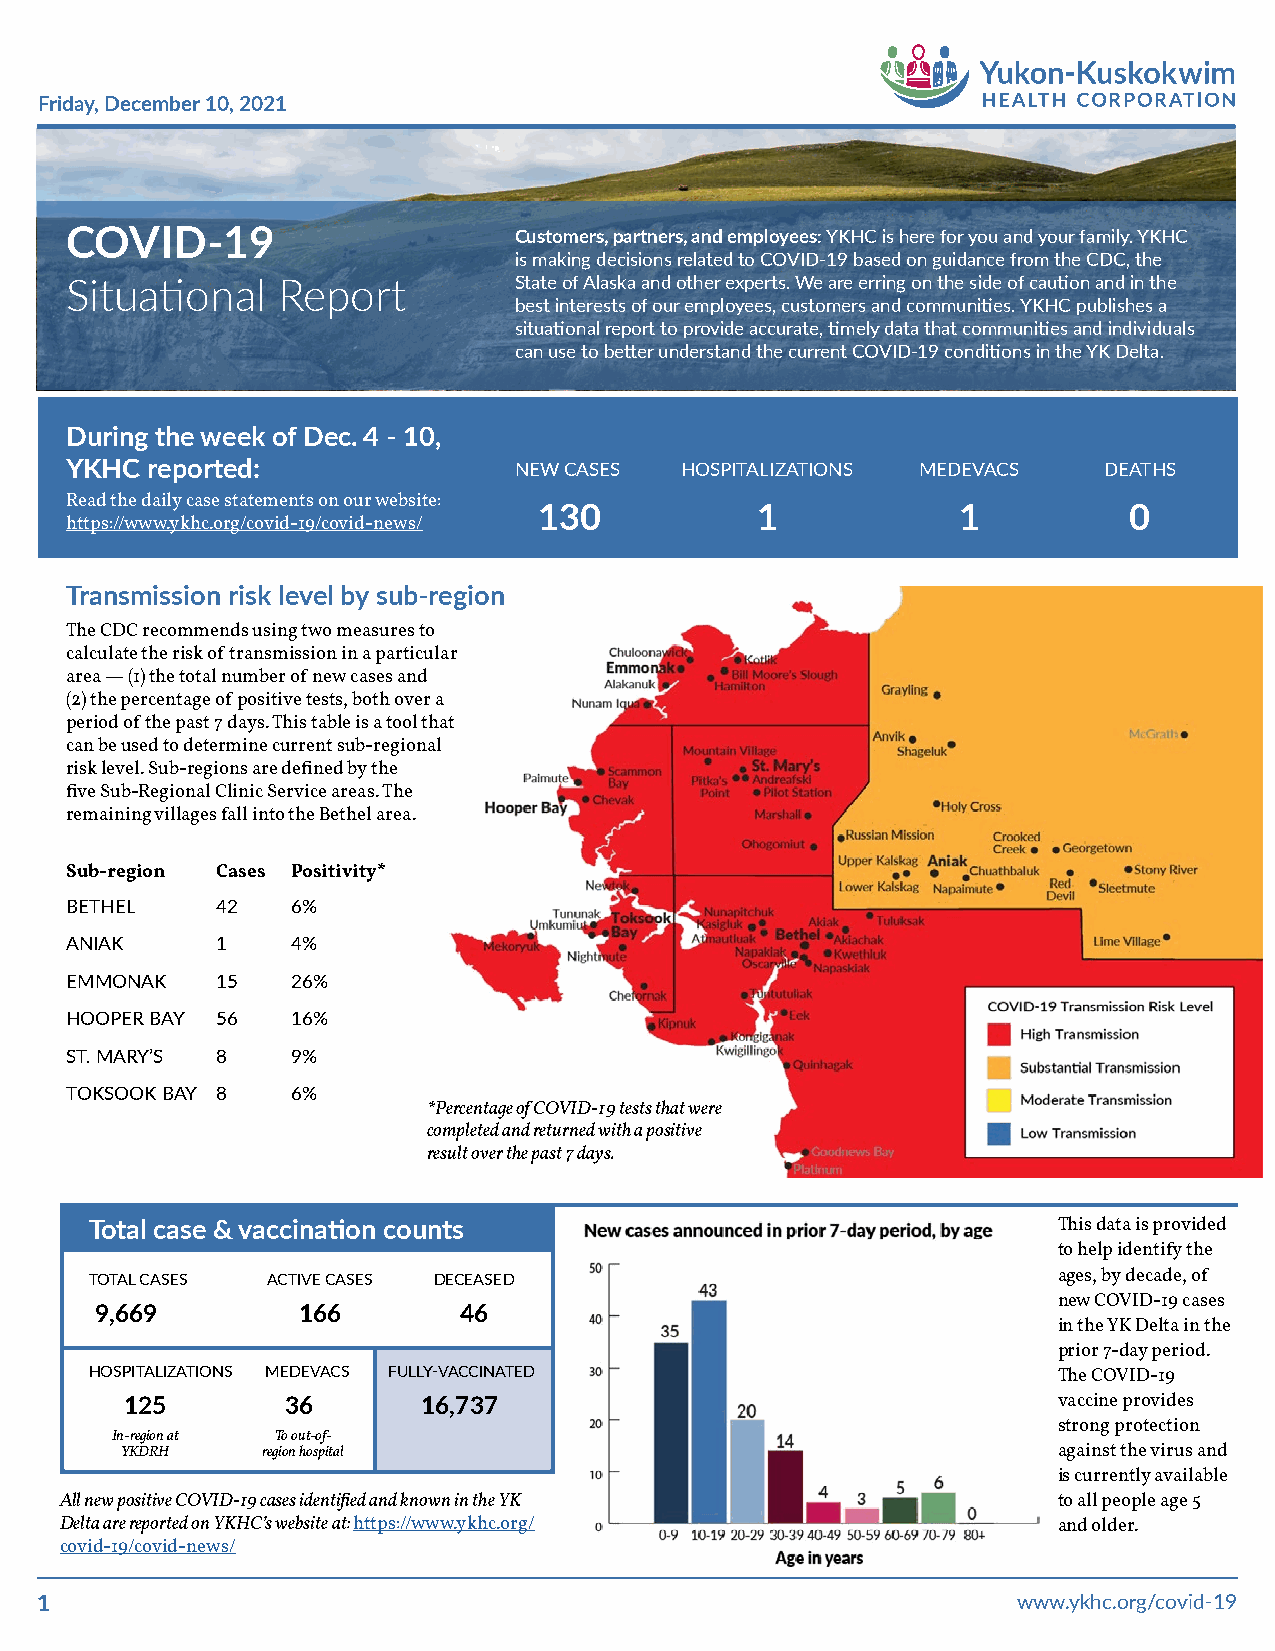
Friday, December 10, 2021
 COVID-19                      Customers, partners, and employees: YKHC is here for you and your family. YKHC
 is making decisions related to COVID-19 based on guidance from the CDC, the
 Situational   Report          State of Alaska and other experts. We are erring on the side of caution and in the
 best interests of our employees, customers and communities. YKHC publishes a
 situational report to provide accurate, timely data that communities and individuals
 can use to better understand the current COVID-19 conditions in the YK Delta.
 During the week of Dec. 4 - 10,
 YKHC  reported:               NEW CASES  HOSPITALIZATIONS MEDEVACS   DEATHS
 Read the daily case statements on our website:
 130           1            1           0
 https://www.ykhc.org/covid-19/covid-news/
 Transmission risk level by sub-region
 The CDC recommends using two measures to
 calculate the risk of transmission in a particular
 area — (1) the total number of new cases and
 (2) the percentage of positive tests, both over a
 period of the past 7 days. This table is a tool that
 can be used to determine current sub-regional
 risk level. Sub-regions are defined by the
 five Sub-Regional Clinic Service areas. The
 remaining villages fall into the Bethel area.
 Sub-region Cases Positivity*
 BETHEL    42   6%
 ANIAK     1    4%
 EMMONAK   15   26%
 HOOPER BAY 56  16%
 ST. MARY’S 8   9%
 TOKSOOK BAY 8  6%
 *Percentage of COVID-19 tests that were
 completed and returned with a positive
 result over the past 7 days.
 Total case & vaccination counts                                 This data is provided
 to help identify the
 ages, by decade, of
 TOTAL CASES ACTIVE CASES DECEASED
 new COVID-19 cases
 9,669         166       46
 in the YK Delta in the
 prior 7-day period.
 HOSPITALIZATIONS MEDEVACS FULLY-VACCINATED                      The COVID-19
 125        36       16,737                                    vaccine provides
 strong protection
 In-region at To out-of-
 YKDRH    region hospital                                      against the virus and
 is currently available
 All new positive COVID-19 cases identified and known in the YK    to all people age 5
 Delta are reported on YKHC’s website at: https://www.ykhc.org/    and older.
 covid-19/covid-news/
 1                                                                www.ykhc.org/covid-19